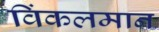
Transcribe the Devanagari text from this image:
विंकलमान